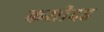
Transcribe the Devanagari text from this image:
कसीदह